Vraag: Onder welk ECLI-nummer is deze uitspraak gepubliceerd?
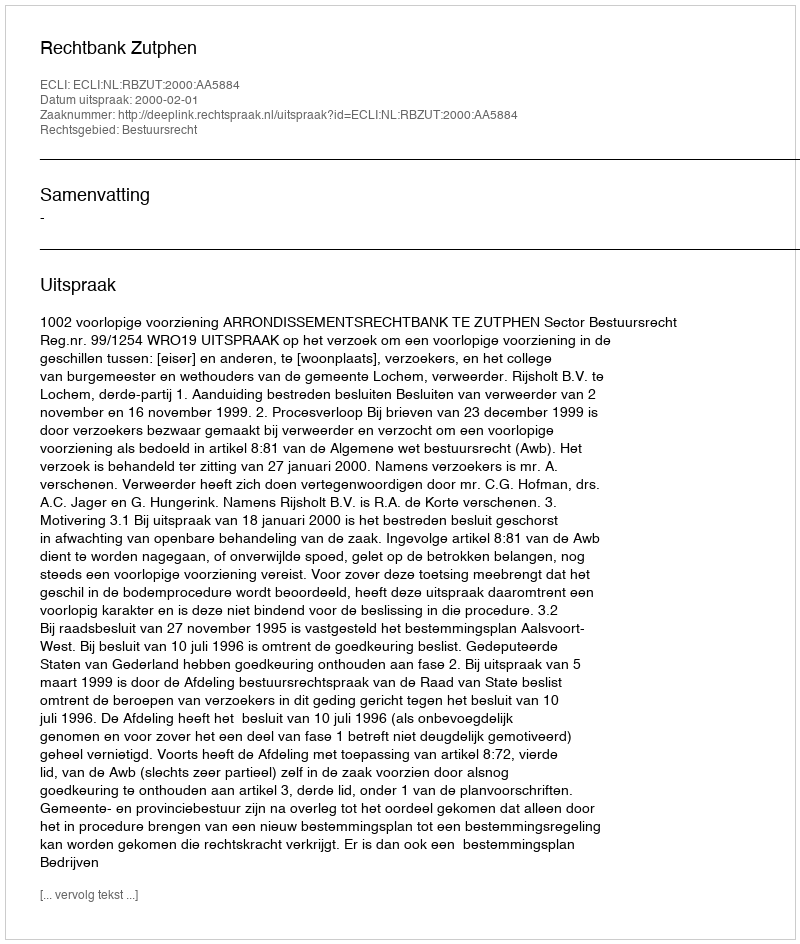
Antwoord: ECLI:NL:RBZUT:2000:AA5884